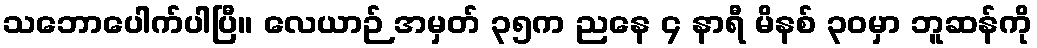
သဘောပေါက်ပါပြီ။ လေယာဉ် အမှတ် ၃၅က ညနေ ၄ နာရီ မိနစ် ၃၀မှာ ဘူဆန်ကို